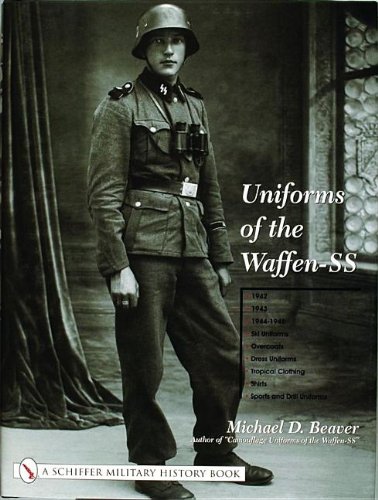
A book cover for Uniforms of the Waffen-SS 1942-1945 Ski Uniforms, Overcoats; Michael D. Beaver; Crafts, Hobbies & Home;